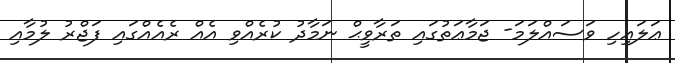
ޢަލައިހި ވަސައްލަމަ- ޖަމާޢަތުގައި ތަރާވީޙް ނަމާދު ކުރެއްވި އެއް ރެއެއްގައި ފަޖްރު ލުމާއި